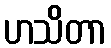
ဟသိတာ